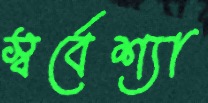
স্বর্বেশ্যা